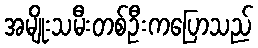
အမျိုးသမီးတစ်ဦးကပြောသည်